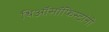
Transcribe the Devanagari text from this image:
थिऑसॉफिस्टांनी